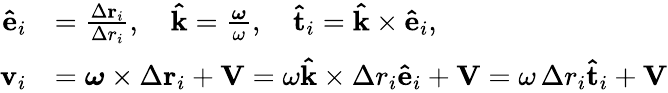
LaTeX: {\begin{array}{rl}{\mathbf{\hat{e}}_{i}}&{={\frac{\Delta\mathbf{r}_{i}}{\Delta r_{i}}},\quad\mathbf{\hat{k}}={\frac{\boldsymbol{\omega}}{\omega}},\quad\mathbf{\hat{t}}_{i}=\mathbf{\hat{k}}\times\mathbf{\hat{e}}_{i},}\\ {\mathbf{v}_{i}}&{={\boldsymbol{\omega}}\times\Delta\mathbf{r}_{i}+\mathbf{V}=\omega\mathbf{\hat{k}}\times\Delta r_{i}\mathbf{\hat{e}}_{i}+\mathbf{V}=\omega\, \Delta r_{i}\mathbf{\hat{t}}_{i}+\mathbf{V}}\end{array}}